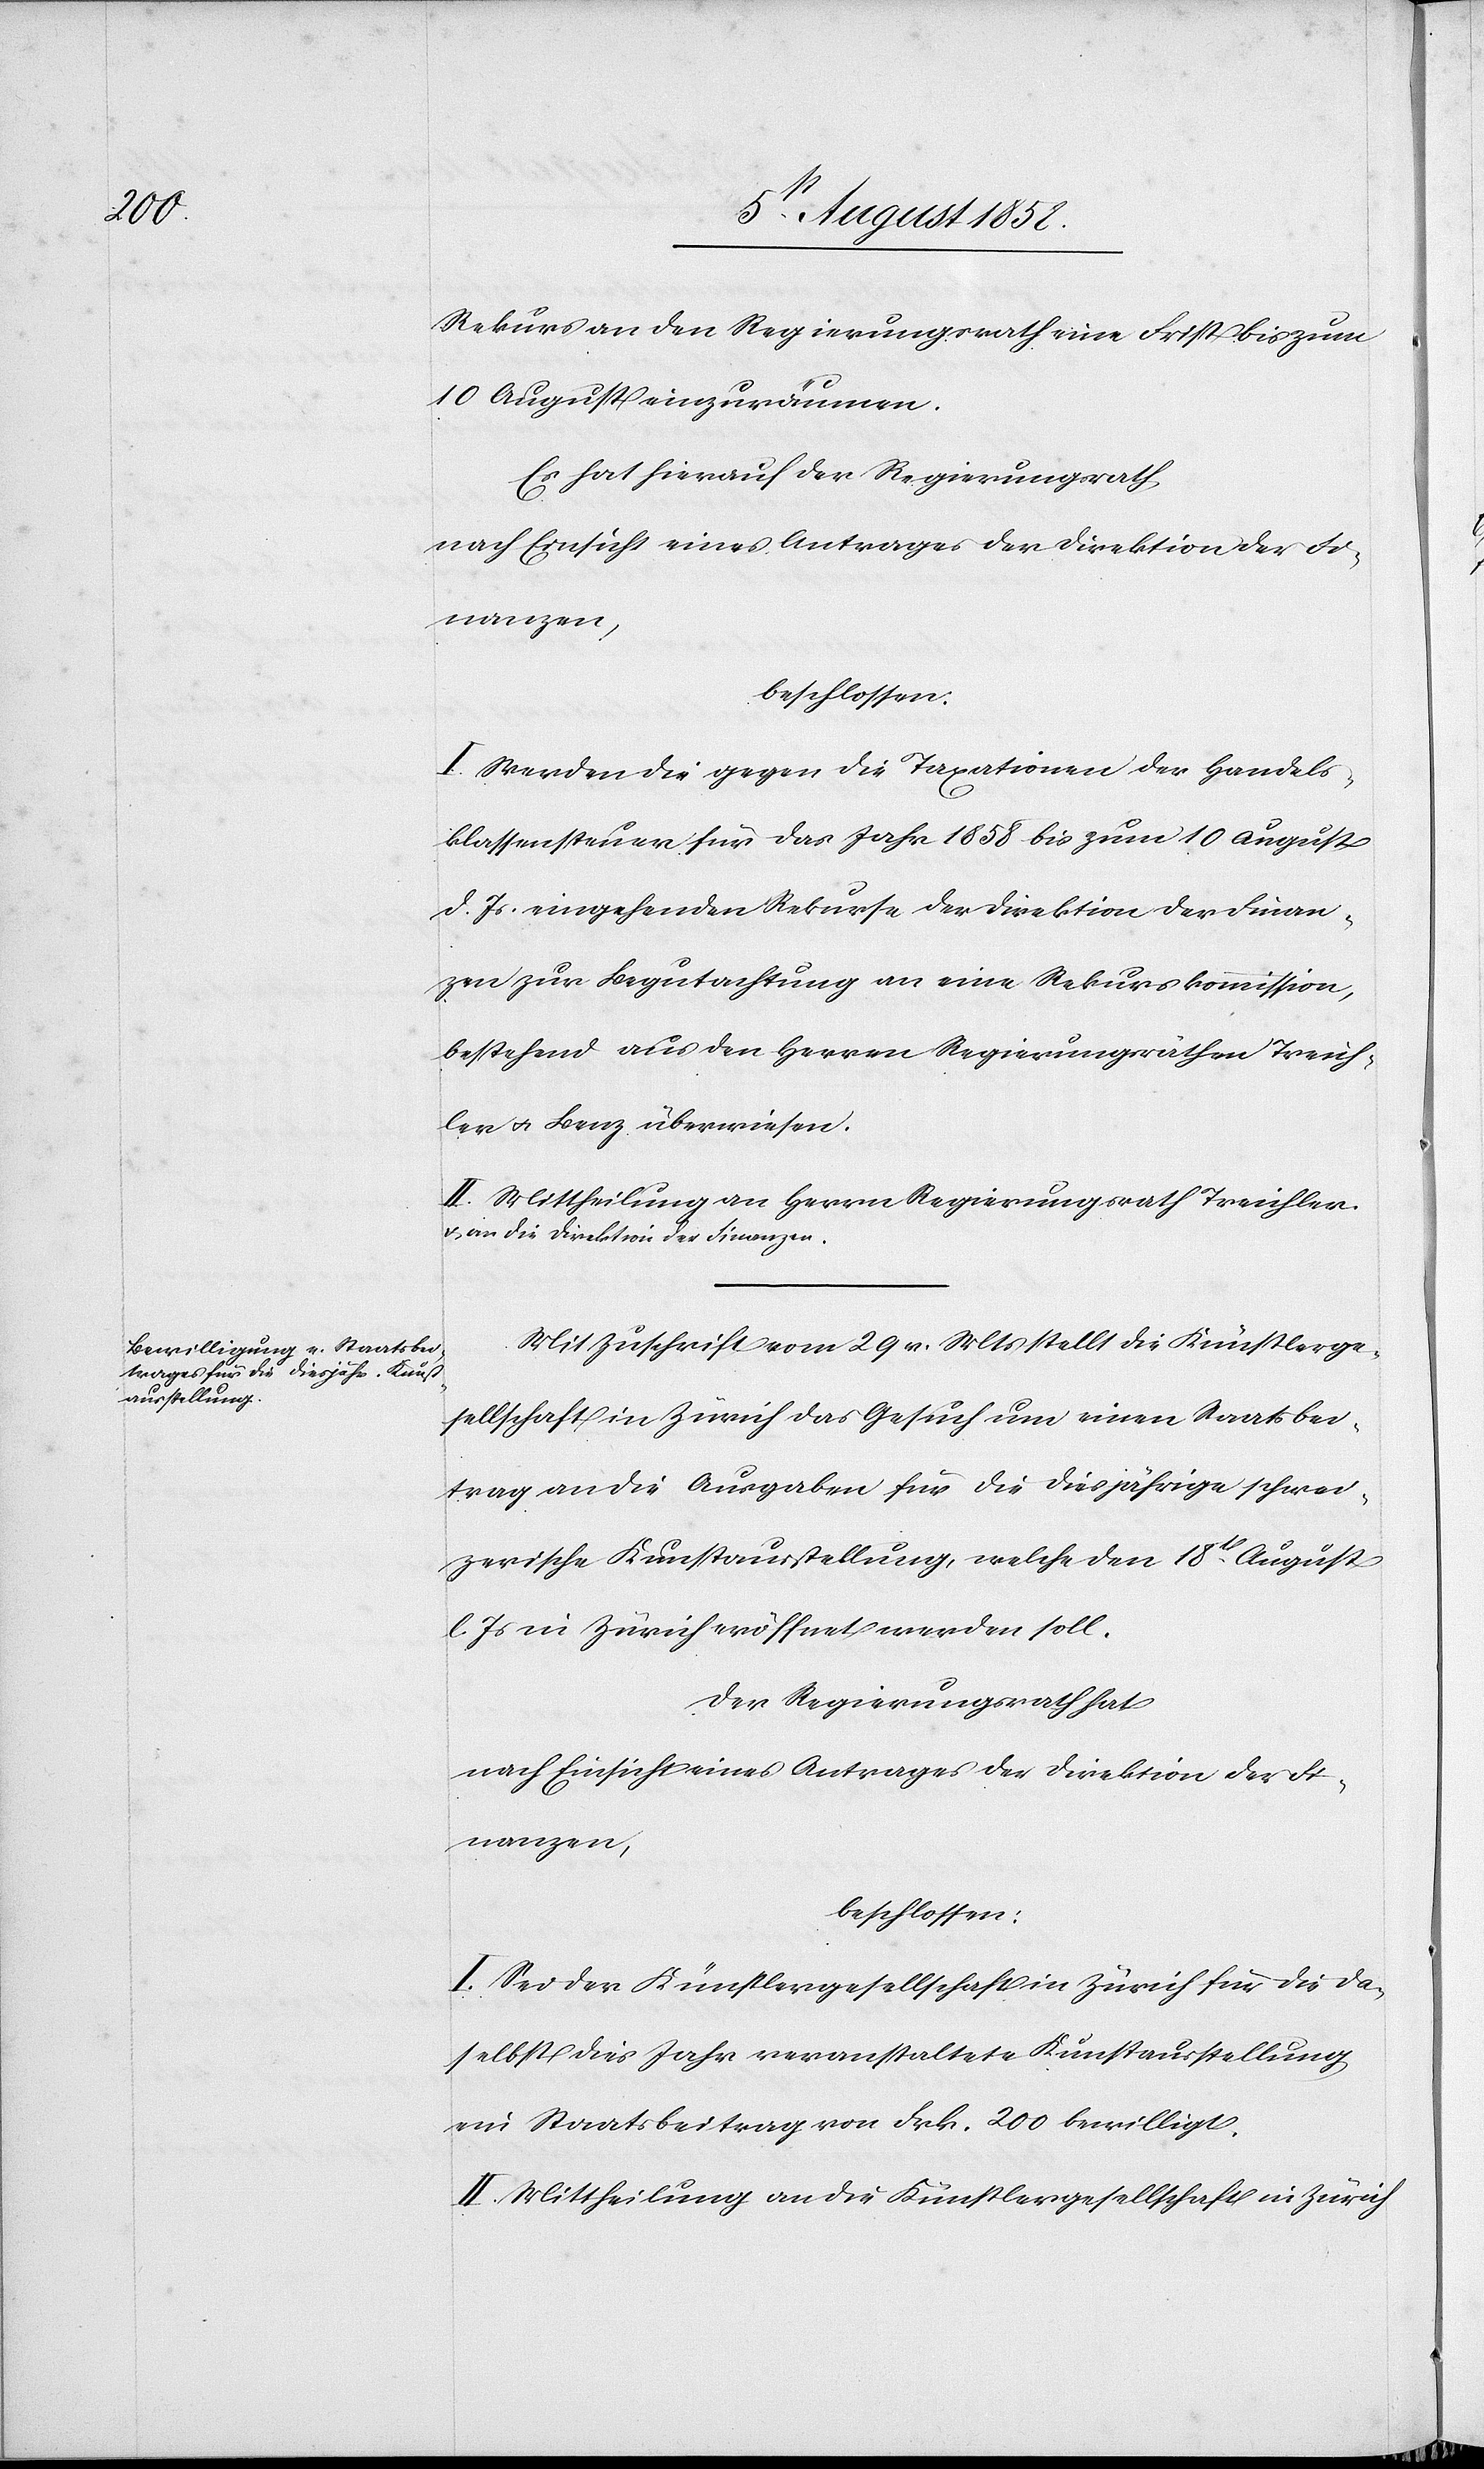
Rekurs an den Regierungsrath eine Frist bis zum
10 August einzuräumen.
Es hat hierauf der Regierungsrath,
nach Einsicht eines Antrages der Direktion der Fi¬
nanzen,
beschlossen:
I. Werden die gegen die Taxationen der Handels¬
klassensteuer für das Jahr 1858 bis zum 10 August
d. Js. eingehenden Rekurse der Direktion der Finan¬
zen zur Begutachtung an eine Rekurskommission,
bestehend aus den Herren Regierungsräthen Treich¬
ler & Benz überwiesen.
II. Mittheilung an Herrn Regierungsrath Treichler
& an die Direktion der Finanzen.
Mit Zuschrift vom 29 v. Mts stellt die Künstlerge¬
sellschaft in Zürich das Gesuch um einen Staatsbei¬
trag an die Ausgaben für die diesjährige schwei¬
zerische Kunstausstellung, welche den 18t. August
l. Js in Zürich eröffnet werden soll.
Der Regierungsrath hat
nach Einsicht eines Antrages der Direktion der Fi¬
nanzen,
beschlossen:
I. Sei der Künstlergesellschaft in Zürich für die da¬
selbst dies Jahr veranstaltete Kunstausstellung
ein Staatsbeitrag von Frk. 200 bewilligt.
II. Mittheilung an die Künstlergesellschaft in Zürich